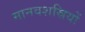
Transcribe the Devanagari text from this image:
मानवशस्रियों